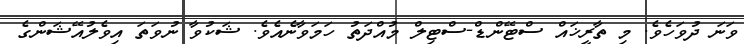
ވަނަ ދުވަހެވެ. މި ތާރީޚައް ސްޓޭންޑް-ސްޓިލް މުއްދަތު ހަމަވާނެއެވެ. ޝަކުވާ ނުވަތަ އިވެލުއޭޝަންގެ